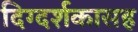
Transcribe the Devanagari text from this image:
दिग्दर्शकासह